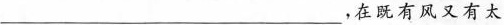
___，在既有风又有太